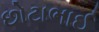
છોટાભાઈ